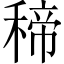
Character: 𥠒